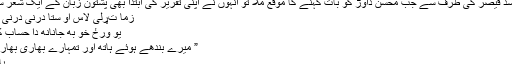
اسپیکر اسد قیصر کی طرف سے جب محسن داوڑ کو بات کہنے کا موقع ملا تو انہوں نے اپنی تقریر کی ابتدا بھی پشتون زبان کے ایک شعر سے کی،
زما تړلی لاس او ستا درنی درنی څپیړی
یو ورځ خو بھ جانانھ دا حساب کی راولم
” میرے بندھے ہوئے ہاتھ اور تمہارے بھاری بھاری مکے
یاد رکھو!